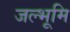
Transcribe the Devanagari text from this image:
जल्भूमि